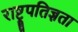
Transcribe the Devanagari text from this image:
राष्ट्रपतिज्ञता